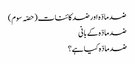
ضد مادّہ اور ضد کائنات (حصّہ سوم)
ضد مادّہ کے بانی
ضد مادّہ کیا ہے؟